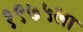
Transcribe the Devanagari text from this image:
१९७५ला